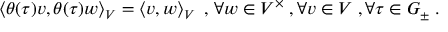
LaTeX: \left\langle \theta ( \tau ) v , \theta ( \tau ) w \right\rangle _ { V } = \left\langle v , w \right\rangle _ { V } \; , \, \forall w \in V ^ { \times } \; , \forall v \in V \; , \forall \tau \in G _ { \pm } \; .